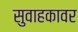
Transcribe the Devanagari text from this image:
सुवाहकावर